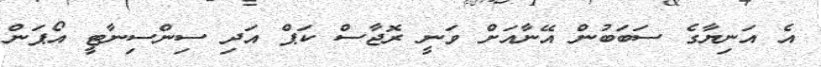
އެ އަނިޔާގެ ސަބަބުން އޭނާއަށް ވަނީ ރޮޖާސް ކަޕް އަދި ސިންސިނާޓީ އޯޕަން